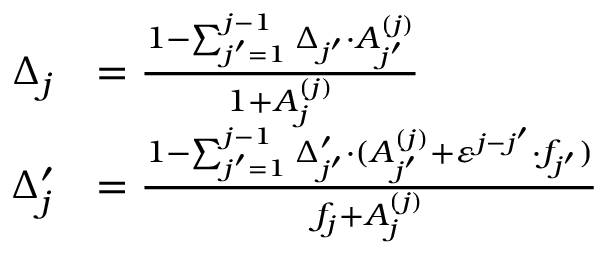
\begin{array} { r l } { \Delta _ { j } } & { = \frac { 1 - \sum _ { j ^ { \prime } = 1 } ^ { j - 1 } \Delta _ { j ^ { \prime } } \cdot A _ { j ^ { \prime } } ^ { ( j ) } } { 1 + A _ { j } ^ { ( j ) } } } \\ { \Delta _ { j } ^ { \prime } } & { = \frac { 1 - \sum _ { j ^ { \prime } = 1 } ^ { j - 1 } \Delta _ { j ^ { \prime } } ^ { \prime } \cdot ( A _ { j ^ { \prime } } ^ { ( j ) } + \varepsilon ^ { j - j ^ { \prime } } \cdot f _ { j ^ { \prime } } ) } { f _ { j } + A _ { j } ^ { ( j ) } } } \end{array}